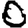
Digit: 0